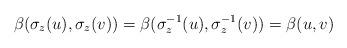
LaTeX: \begin{align*}\beta(\sigma_z(u),\sigma_z(v))=\beta(\sigma_z^{-1}(u),\sigma_z^{-1}(v))=\beta(u,v)\end{align*}